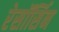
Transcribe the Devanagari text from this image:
रेसॉर्सिन